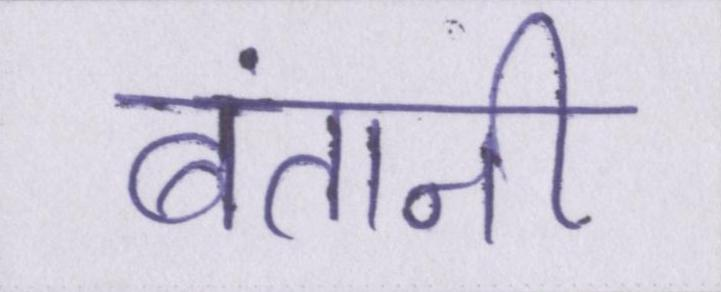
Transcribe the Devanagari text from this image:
बंतानी